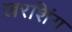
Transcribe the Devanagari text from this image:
खरशिंग